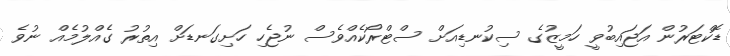
ޑޮކްޓަރުން އަޖައިބުވީ ހަމީޒުގެ ސިކުނޑިއަށް ސްޓްރޯކެއްވެސް ނުޖެހި ހަށިގަނޑަށް އިތުރު ގެއްލުމެއް ނުވެ